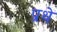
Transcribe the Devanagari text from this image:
प्रथे